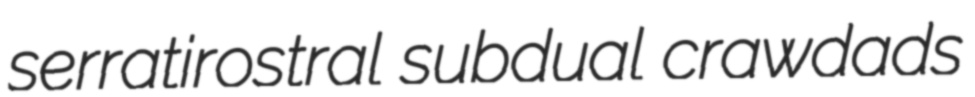
serratirostral subdual crawdads